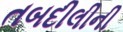
તબદીલીની